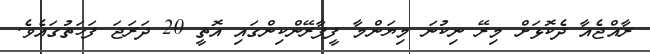
ރާއްޖެއާ ދެކޮޅަށް މިރޭ ނިކުނަ މިޔަންމާ ފީފާރޭންކިންގައި އޮތީ 20 ދަރަޖަ ފަހަތުގައެވެ.